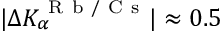
| \Delta K _ { \alpha } ^ { \mathrm { ~ R ~ b ~ / ~ C ~ s ~ } } | \approx 0 . 5